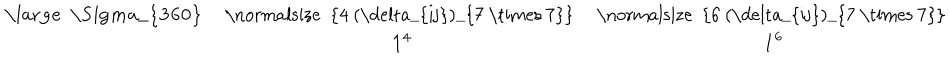
\begin{array} { c c c } { { { \bf \mathrm { \large ~ \Sigma _ { 3 6 0 } ~ } } } } & { { \mathrm { \normalsize ~ { 4 ~ ( \ d e l t a _ { i j } ) _ { 7 ~ \times ~ 7 } } ~ } } } & { { \mathrm { \normalsize ~ { 6 ~ ( \ d e l t a _ { i j } ) _ { 7 ~ \times ~ 7 } } ~ } } } \\ { { } } & { { { \bf 1 ^ { 4 } } } } & { { { \bf 1 ^ { 6 } } } } \\ \end{array}